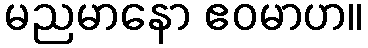
မညမာနော ဧဝမာဟ။